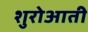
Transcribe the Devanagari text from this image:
शुरोआती